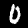
Label: 0